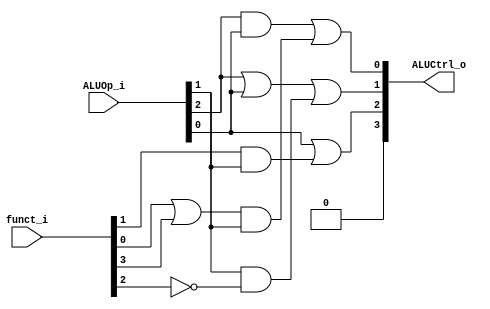
//Subject:     CO project 2 - ALU Controller
//--------------------------------------------------------------------------------
//Version:     1
//--------------------------------------------------------------------------------
//Writer:      0510008  & 0510026 
//----------------------------------------------
//Date:        
//----------------------------------------------
//Description: 
//--------------------------------------------------------------------------------

module ALU_Ctrl(
          funct_i,
          ALUOp_i,
          ALUCtrl_o
          );
          
//I/O ports 
input      [6-1:0] funct_i;
input      [3-1:0] ALUOp_i;

output     [4-1:0] ALUCtrl_o;    
 //reg     [4-1:0] ALUC_o;    
//Internal Signals
reg        [4-1:0] ALUCtrl_o;
/*wire        temp1, temp2;
wire        nf2,nop1;*/
//Parameter
/*
 or f3orf0(temp1,funct_i[3],funct_i[0]);
 and op1andtemp1(ALUC_o[0],temp1,ALUOp_i[1]);
 not notf2(nf2,funct_i[2]);
 not notop1(nop1,ALUOp_i[1]);
 or         (ALUC_o[1],nop1,nf2);
 and        (temp2,funct_i[1],ALUOp_i[1]);
 or          (ALUC_o[2],ALUOp_i[0],temp2);
 
 always@(*) begin 
 ALUCtrl_o =ALUC_o;
 end
//Select exact operation
*/
//reg operation3,operation2, operation1,operation0;
always@(*) begin
     ALUCtrl_o[3]= 0;
     ALUCtrl_o[2] = ALUOp_i[0] || (funct_i[1] && ALUOp_i[1]);
     ALUCtrl_o[1] = ALUOp_i[2] || ALUOp_i[0] || (ALUOp_i[1] && ~funct_i[2]);
     ALUCtrl_o[0] = (ALUOp_i[2]&& ALUOp_i[0]) || ((funct_i[0] || funct_i[3]) && ALUOp_i[1] );
end

endmodule